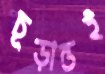
চূড়ান্তই